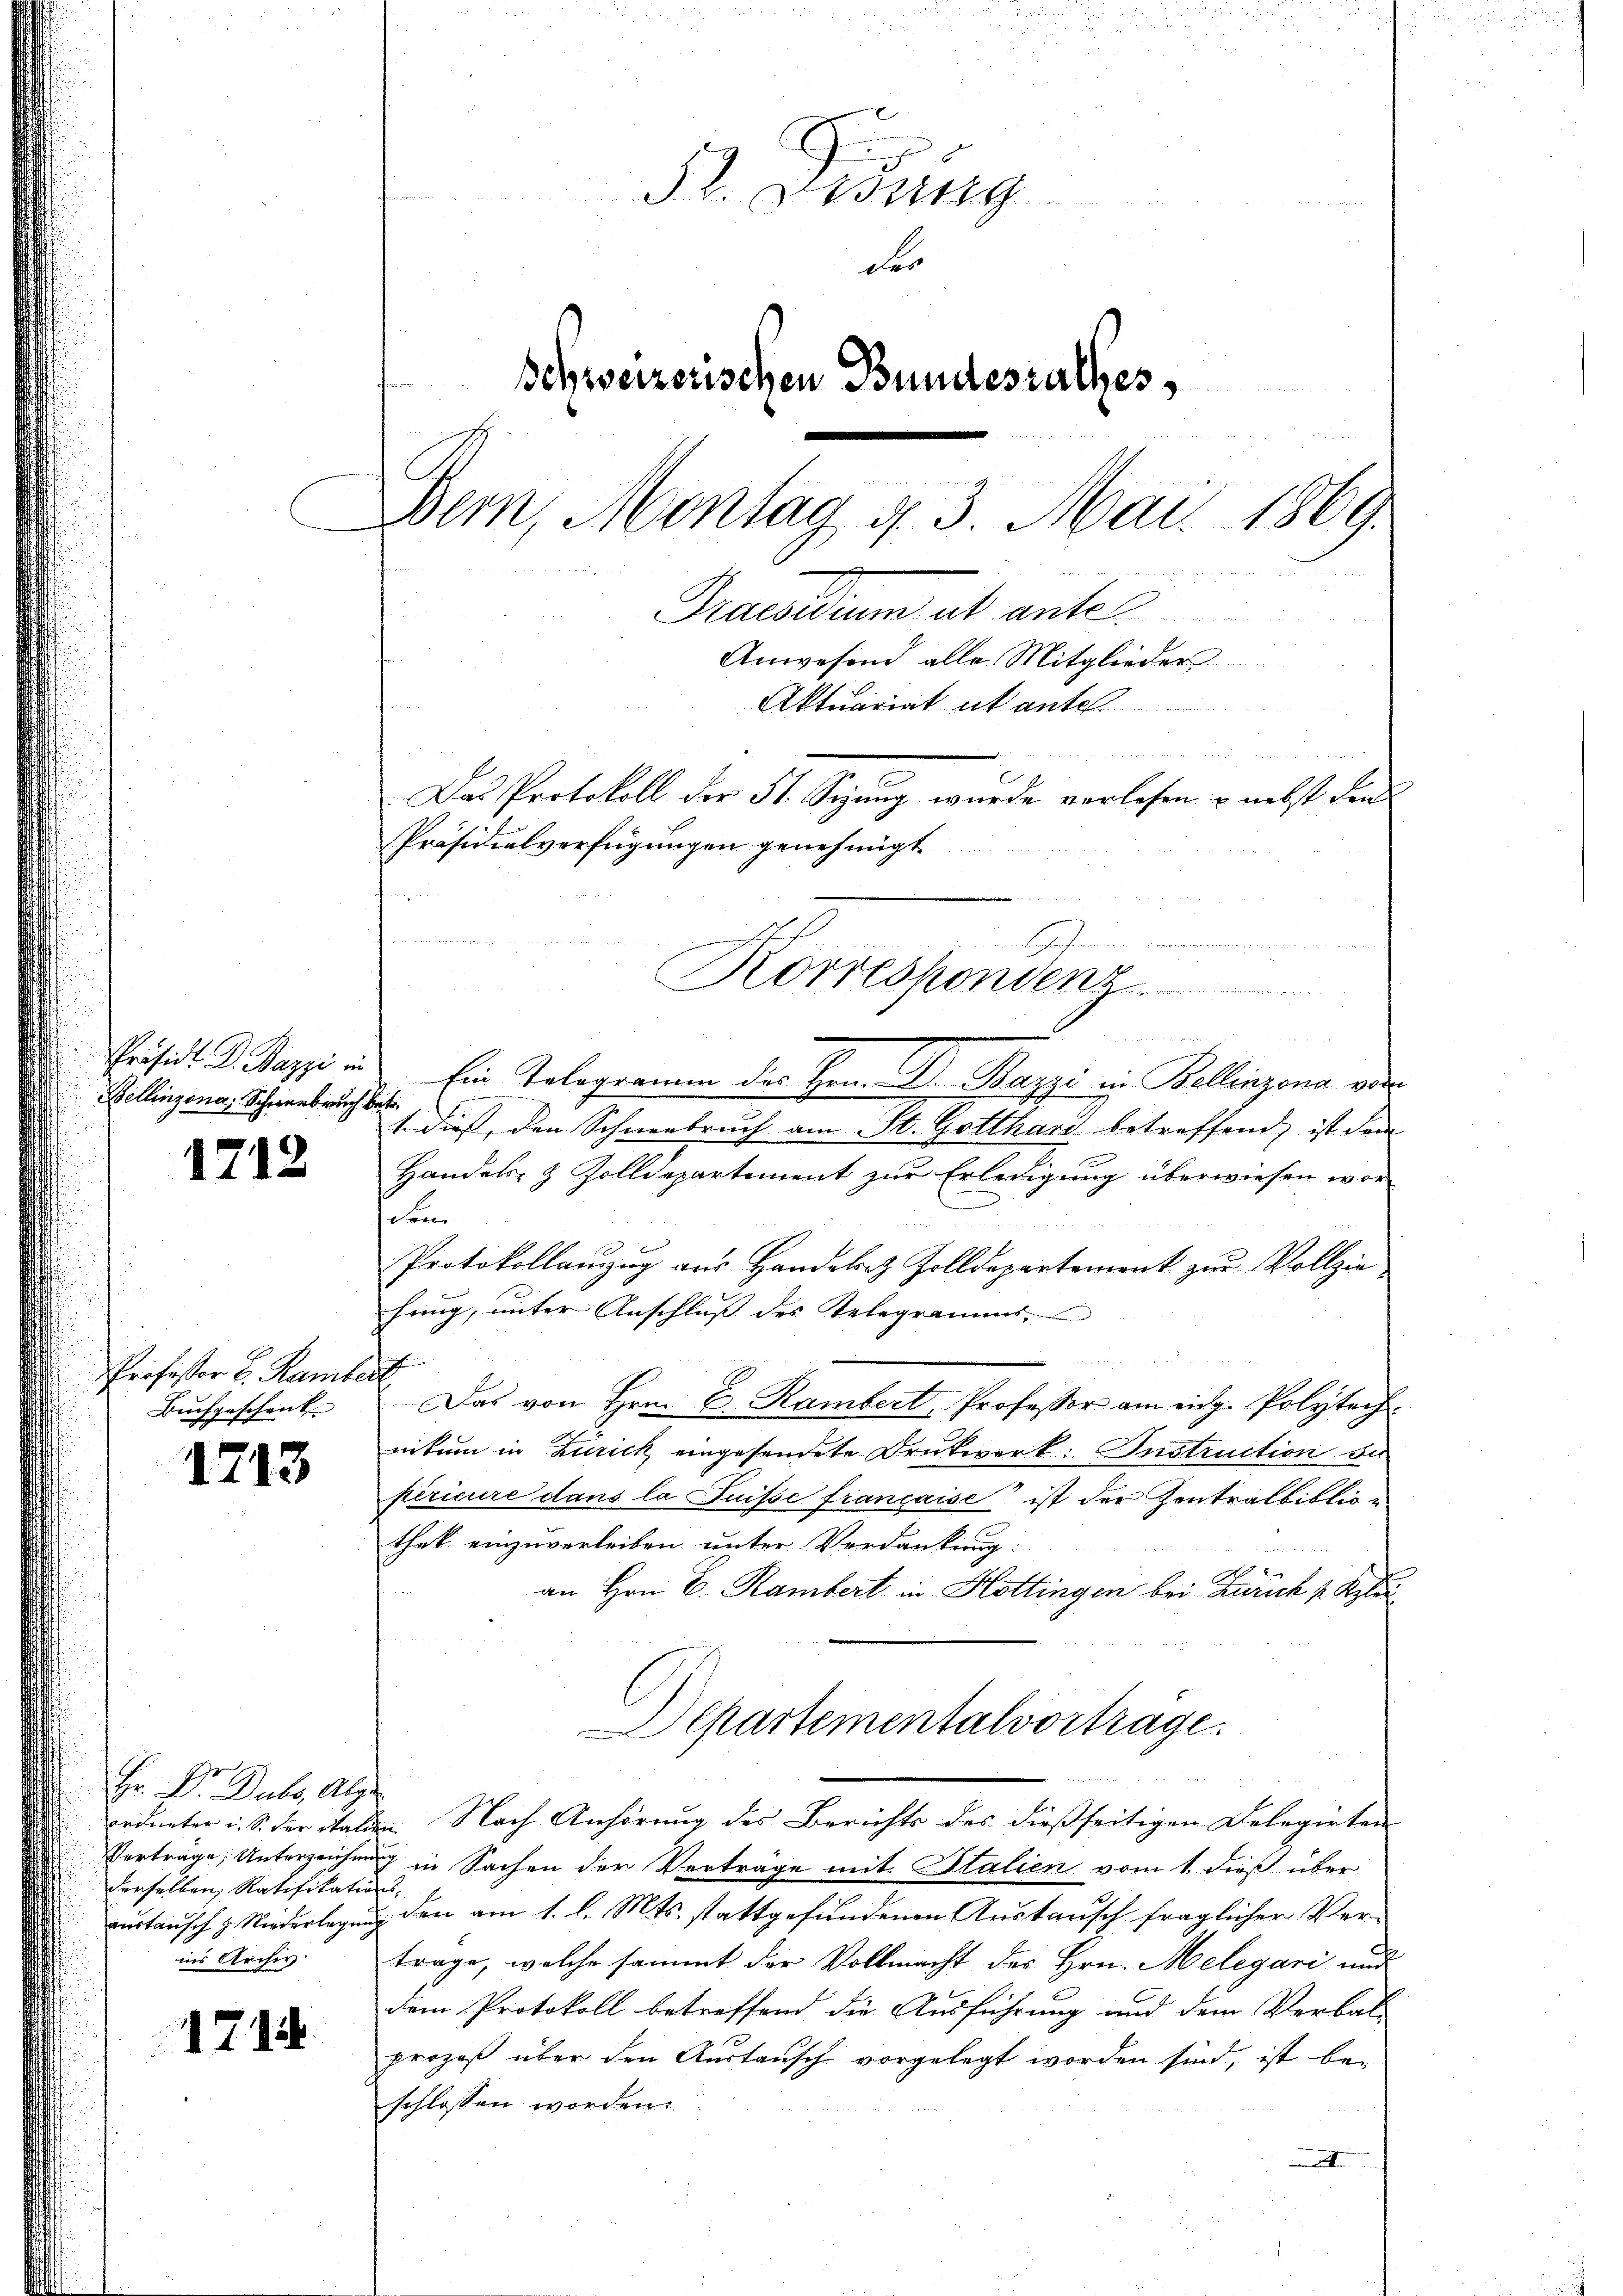
Präsid. P. Bazzi in
Bellinzona, Schweebruch b

1712

Professor L. Kamber
Buchgeschenk

1713

Hr. Dr. Dubs, Abzu
derselben, Ratifikations-

1715

Sl. Gesung
der
Schweizerischen Bundesrathes,
.
e
Bern, Montag d. 3. Mai 1869.
Praesiduum ab ante
Anwesend alle Mitglieder
Aktuariat ut ante
n
Das Protokoll der St. Sizung wurde verlesen u. nebst den
Präsidialverfügungen genehmigt
Korrespondenz

.   Mad.
Ein Telegramm des Hrn. Dr. Bazzi in Bellinzona vor
.
1. dies, den Schneebruch am St. Gotthard betreffend, ist dem
F
2
Handels- & Zolldepartement zur Erledigung überwiesen wordem
Protokollanzug aus Handelez Zolldepartement zur Vollziehung, unter Anschluss des Telegramms.
1
Das von Hrn. E. Rambert, Professor am eidg. Polytechnitum in Zurick, eingesendete Druckwerk: Instruction bis
périeure dans la Suisse française ist der Zentralbibliothek einzuverleiben unter Verdankung:
¬
an Hrn. E. Rambert in Hottingen bei Zürich s. Klei
Departementalvortrage.
ordneter u. S. der Stalden Nach Anhörung des Berichts des dießseitigen Delegirten
Verträge, Unterzeichnung in Sachen der Verträge mit Italien vom 1. dieß über
austausch z. Niederlegung den am 1. l. Mts. stattgefundenen Austausch fraglicher Verin Archiv. Trage, welche sammt der Vollmacht des Hrn. Melegari und
dem Protokoll betreffend die Ausführung und dem Verbal-
prozeß über den Austausch vorgelegt worden sind, ist be-
schlossen worden.
e